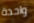
واحدة